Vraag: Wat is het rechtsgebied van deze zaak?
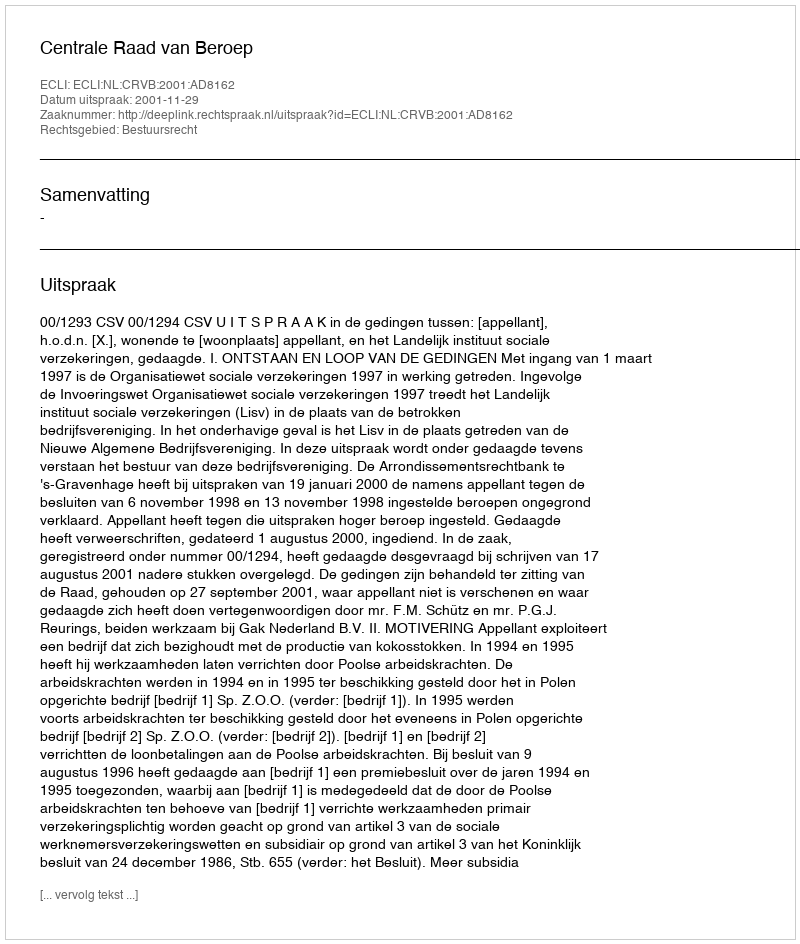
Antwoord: Bestuursrecht